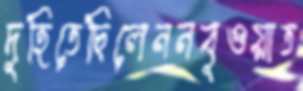
দুহিতেছিলেননবুওয়াত